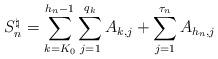
LaTeX: \begin{align*} S_n^\natural= \sum_{k=K_0}^{h_n-1} \sum_{j=1}^{q_k}A_{k,j} + \sum_{j=1}^{\tau_n}A_{h_n, j}\end{align*}